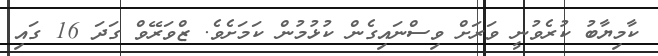
ކާމިޔާބު ކުރެވުނީ ވަރަށް ވިސްނައިގެން ކުޅުމުން ކަމަށެވެ. ޒްވަރޭވް ގަދަ 16 ގައި